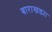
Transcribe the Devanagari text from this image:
बाराखड्या